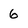
Character: 6